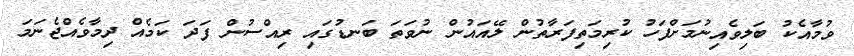
ވުމާއެކު ބަލިވެއިނުމަށްފަހު ކުރިމަތިފަރާތުން ލޭއައުން ނުވަތަ ބަނޑުގައި ރިއްސުން ފަދަ ކަމެއް ދިމާވެއްޖެނަމަ